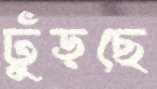
ঢুঁড়ছে